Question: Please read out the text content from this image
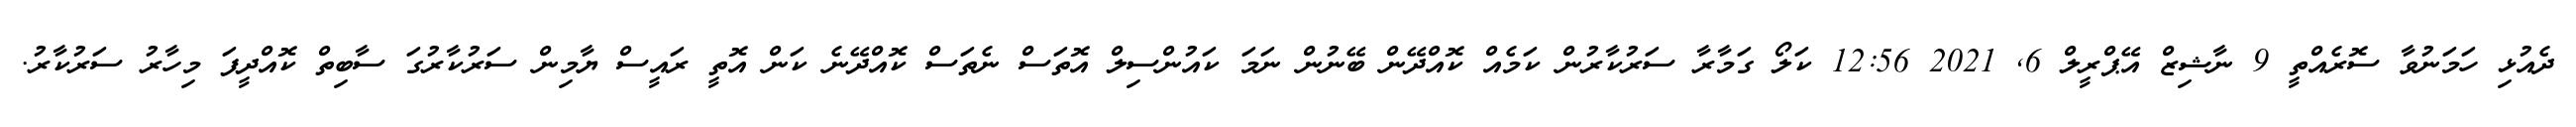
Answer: ދެއުޅި ހަމަނުވާ ސޮރެއްތީ 9 ނާޝިޒް އޭޕްރީލް 6, 2021 12:56 ކަލޯ ގަމާރާ ސަރުކާރުން ކަމެއް ކޮއްދޭން ބޭނުން ނަމަ ކައުންސިލް އޮތަސް ނެތަސް ކޮއްދޭނެ ކަން އޮތީ ރައީސް ޔާމިން ސަރުކާރުގަ ސާބިތް ކޮއްދީފަ މިހާރު ސަރުކާރު.